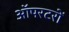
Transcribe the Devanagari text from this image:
ऑपरटरों